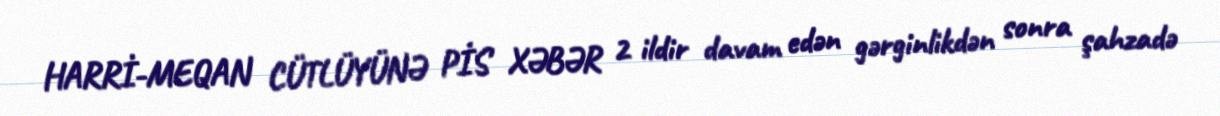
HARRİ-MEQAN CÜTLÜYÜNƏ PİS XƏBƏR 2 ildir davam edən gərginlikdən sonra şahzadə